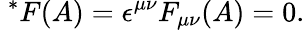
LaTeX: \ ^{*}F(A)=\epsilon^{\mu\nu}F_{\mu\nu}(A)=0.